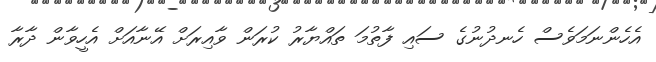
އެހެންނަމަވެސް ހެނދުނުގެ ސައި ފާތުމަ ތައްޔާރު ކުރަން ވާއިރަށް އޭނާއަށް އެހީވާން ދާރާ